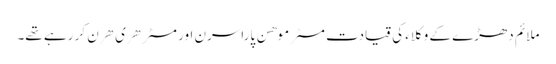
ملائم دھڑے کے وکلاء کی قیادت مسٹر موهن پاراسرن اور مسٹر هری هرن کر رہے تھے۔